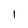
Character: I